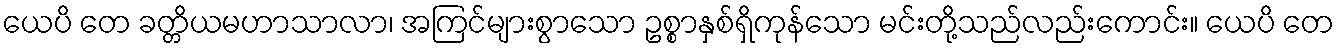
ယေပိ တေ ခတ္တိယမဟာသာလာ၊ အကြင်များစွာသော ဥစ္စာနှစ်ရှိကုန်သော မင်းတို့သည်လည်းကောင်း။ ယေပိ တေ